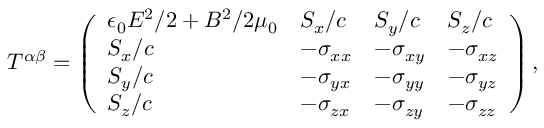
T ^ { \alpha \beta } = { \left( \begin{array} { l l l l } { \epsilon _ { 0 } E ^ { 2 } / 2 + B ^ { 2 } / 2 \mu _ { 0 } } & { S _ { x } / c } & { S _ { y } / c } & { S _ { z } / c } \\ { S _ { x } / c } & { - \sigma _ { x x } } & { - \sigma _ { x y } } & { - \sigma _ { x z } } \\ { S _ { y } / c } & { - \sigma _ { y x } } & { - \sigma _ { y y } } & { - \sigma _ { y z } } \\ { S _ { z } / c } & { - \sigma _ { z x } } & { - \sigma _ { z y } } & { - \sigma _ { z z } } \end{array} \right) } \, ,